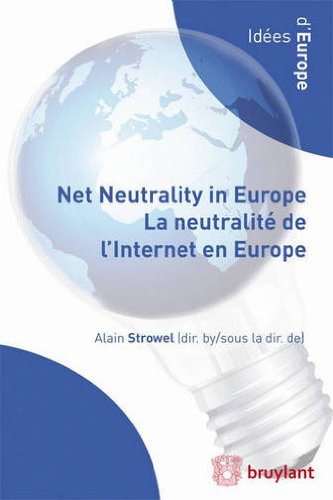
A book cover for Net Neutrality in Europe \ La Neutralite de L'internet en Europe (Idees D'Europe) (English and French Edition); Law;